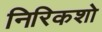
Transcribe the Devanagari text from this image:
निरिकशो